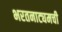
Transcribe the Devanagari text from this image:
भरतनाट्यमची